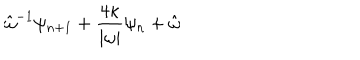
\hat { \omega } ^ { - 1 } \psi _ { n + 1 } + \frac { 4 \kappa } { | \omega | } \psi _ { n } + \hat { \omega }